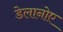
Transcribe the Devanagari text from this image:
डेलानोए